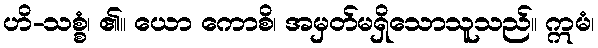
ဟိ-သစ္စံ၊ ၏။ ယော ကောစိ၊ အမှတ်မရှိသောသူသည်။ ဣမံ၊